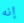
إنه